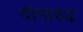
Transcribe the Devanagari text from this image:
योगारुढ